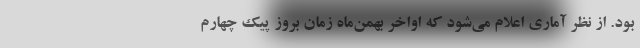
بود. از نظر آماری اعلام می‌شود که اواخر بهمن‌ماه زمان بروز پیک چهارم